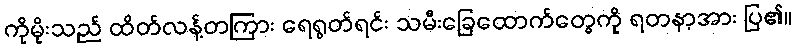
ကိုမိုးသည် ထိတ်လန့်တကြား ရေရွတ်ရင်း သမီးခြေထောက်တွေကို ရတနာ့အား ပြ၏။